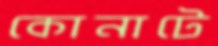
কোনাটে